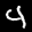
Label: 4